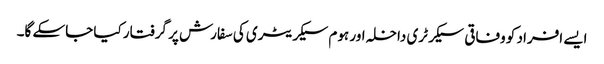
ایسے افراد کو وفاقی سیکرٹری داخلہ اور ہوم سیکریٹری کی سفارش پر گرفتار کیا جاسکے گا۔